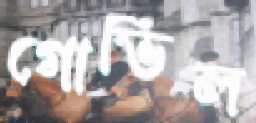
গোভিল